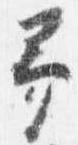
予